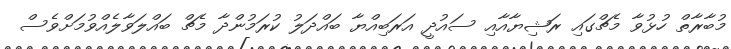
މުބާރާތް ހުޅުވާ މެޗްގައި ރަޝިޔާއާއި ސައުދީ އަރަބިއްޔާ ބައްދަލު ކުރަމުންދާ މެޗް ބައްލަވާލެއްވުމަށްވެސް